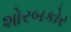
શોરબકોર